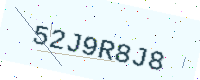
Text: 52J9R8J8